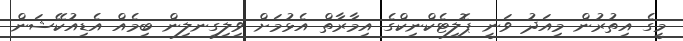
މީގެ އިތުރުން މިއަދު ވަނީ ޕޮލިޓެކްނިކްގެ އިމާރާތް އެޅުމަށް ވިލިގިނލިން ބިމެއް އެޑިއުކޭޝަން